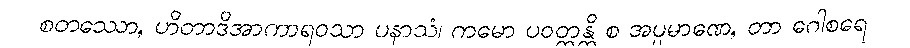
စတဿော, ဟိတာဒိအာကာရဝသာ ပနာသံ၊ ကမော ပဝတ္တန္တိ စ အပ္ပမာဏေ, တာ ဂေါစရေ